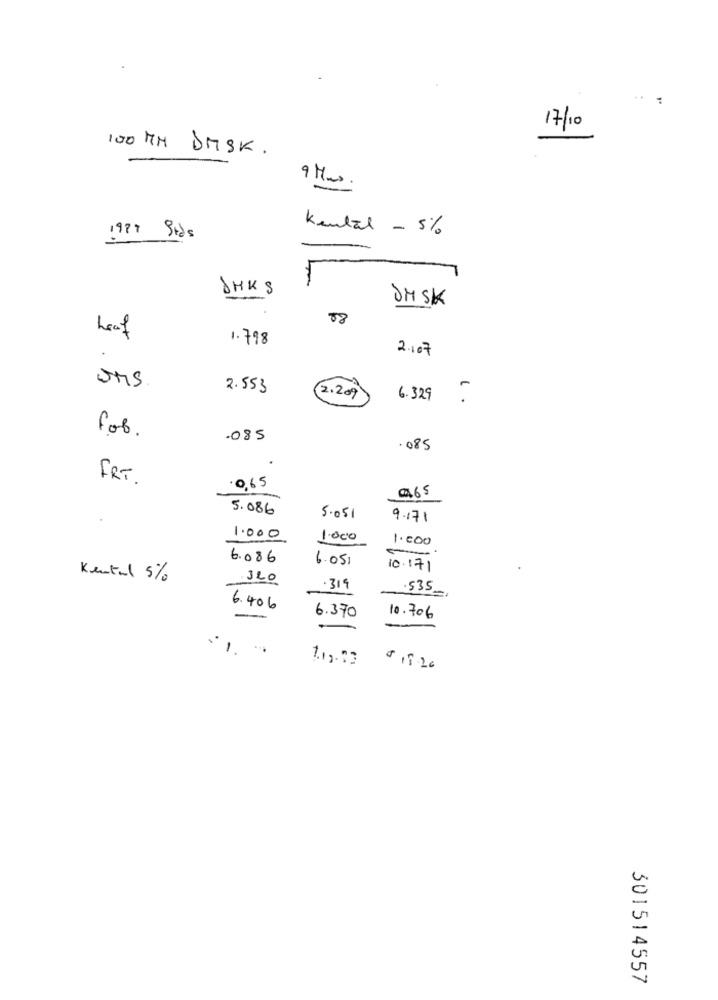
17/10
100 MM DMSK.
9 Mms.
Kental - 5%
1977 Stds
IHKS
00
JMSK
Leaf
1.798
2.107
2.553
2.20)
6.329
. .
for.
.085
.085
FRT
.0.65
965
5.086
5.051
9.171
1.000
1.000
1.000
6.086
6.05.
10.171
Kental 5%
320
.319
535
6.406
6.370
10.706
.1.
$ 19.20
301514557